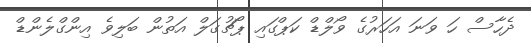
ދެހާސް ހަ ވަނަ އަހަރުގެ ވޯލްޑް ކަޕްގައި ޕޯޗުގަލް އަތުން ބަލިވެ އިންގްލެންޑް